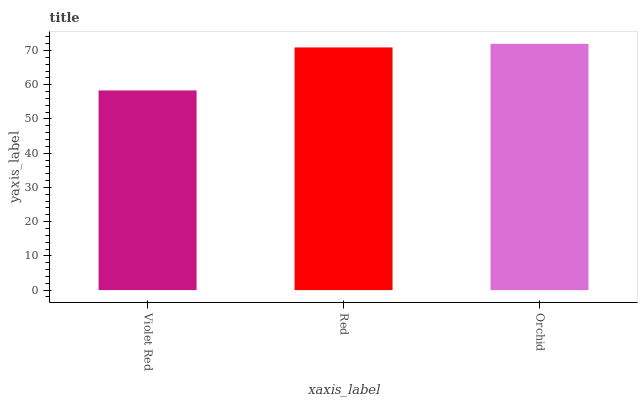
| xaxis_label | bars |
 | --- | --- |
 | Violet Red | 58.3 |
 | Red | 70.9 |
 | Orchid | 72 |